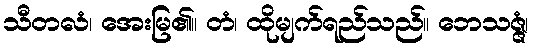
သီတလံ၊ အေးမြ၏။ တံ၊ ထိုမျက်ရည်သည်။ ဘေသဇ္ဇံ၊